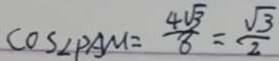
\cos \angle P A M = \frac { 4 \sqrt { 3 } } { 8 } = \frac { \sqrt { 3 } } { 2 }